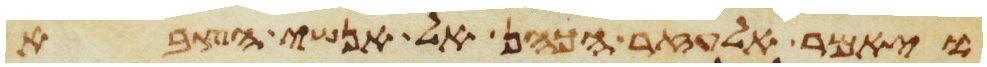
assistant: ויאמר אלעזר הכהן אל אנשי הצבא